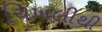
ચિખલીથી